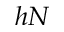
h N